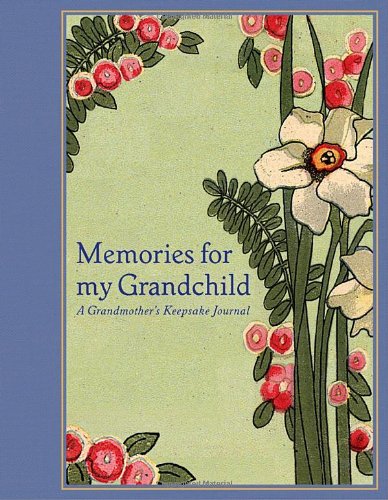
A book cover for Memories for My Grandchild: A Grandmother's Keepsake Journal; Lena Tabori; Parenting & Relationships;